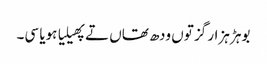
بوہڑ ہزار گز توں ودھ تھاں تے پھیلیا ہویا سی۔